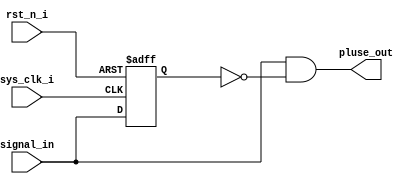
//
module signle_pluse(
    input                               sys_clk_i                  ,
    input                               rst_n_i                    ,
    input                               signal_in                  ,
    output                              pluse_out                   
);
    reg                                 signal_r1                  ;

always@(posedge sys_clk_i or negedge rst_n_i)begin
    if (!rst_n_i) begin
        signal_r1 <= 'd0;
    end
    else
        signal_r1 <= signal_in;
end

    assign                              pluse_out                 = signal_in & ~signal_r1;

endmodule